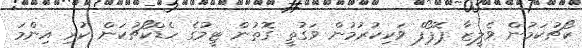
ކޯޗުކަމުން ވެލީޒާ ޕޮޕޯފް ވަކިކުރުމުން ވަގުތީ ގޮތުން ޓީމުގެ ހެޑްކޯޗުކަން ކުރި އިންމަ